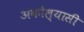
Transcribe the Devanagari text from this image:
अकोल्यासी